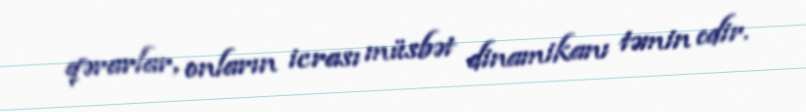
qərarlar, onların icrası müsbət dinamikanı təmin edir.